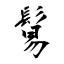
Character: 鬄